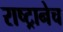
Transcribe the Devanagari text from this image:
राष्ट्रानेच